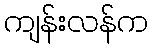
ကျန်းလန်က